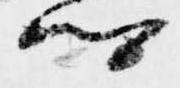
卿